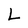
Character: L